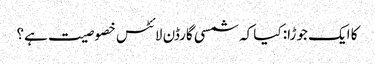
کا ایک جوڑا: کیا کہ شمسی گارڈن لائٹس خصوصیت ہے؟